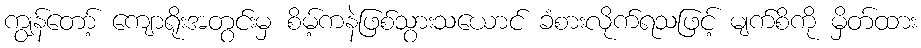
ကျွန်တော့် ကျောရိုးအတွင်းမှ စိမ့်ကနဲဖြစ်သွားသယောင် ခံစားလိုက်ရသဖြင့် မျက်စိကို မှိတ်ထား